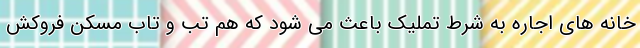
خانه های اجاره به شرط تملیک باعث می شود که هم تب و تاب مسکن فروکش